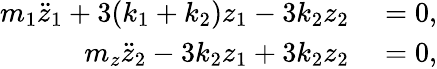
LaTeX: \begin{array}{rl}{m_{1}\ddot{z}_{1}+3(k_{1}+k_{2})z_{1}-3k_{2}z_{2}}&{{}=0,}\\ {m_{z}\ddot{z}_{2}-3k_{2}z_{1}+3k_{2}z_{2}}&{{}=0,}\end{array}